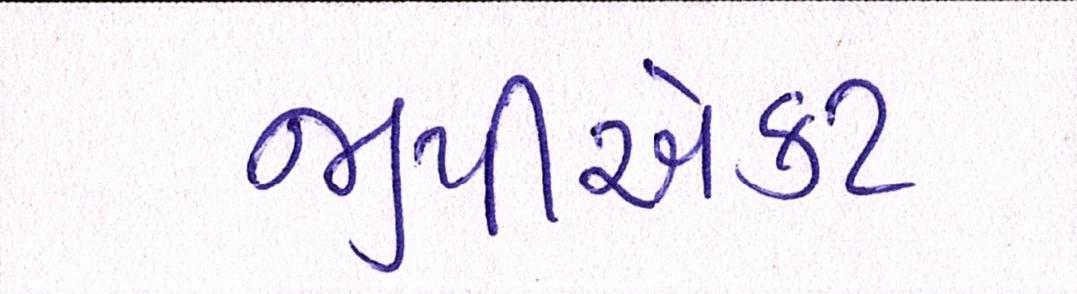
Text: જીપીએકટ